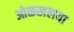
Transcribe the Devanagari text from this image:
ओळखलया